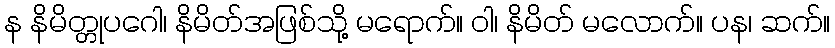
န နိမိတ္တုပဂေါ၊ နိမိတ်အဖြစ်သို့ မရောက်။ ဝါ၊ နိမိတ် မလောက်။ ပန၊ ဆက်။